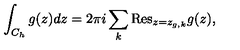
\int _ { C _ { h } } { g ( z ) d z } = 2 \pi i \sum _ { k } { \mathrm { R e s } } _ { z = z _ { g , k } } g ( z ) ,